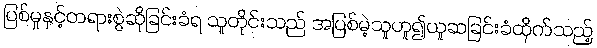
ပြစ်မှုနှင့်တရားစွဲဆိုခြင်းခံရ သူတိုင်းသည် အပြစ်မဲ့သူဟူ၍ယူဆခြင်းခံထိုက်သည့်